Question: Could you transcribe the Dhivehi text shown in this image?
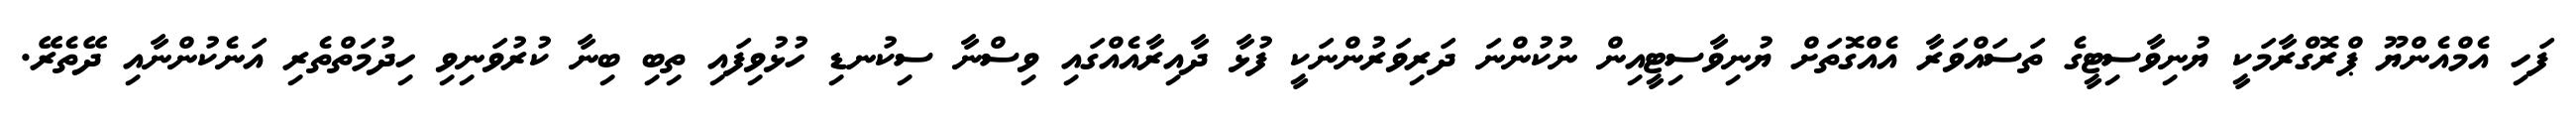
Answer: ފަހި އެމްއެންޔޫ ޕްރޮގްރާމަކީ ޔުނިވާސިޓީގެ ތަސައްވަރާ އެއްގޮތަށް ޔުނިވާސިޓީއިން ނުކުންނަ ދަރިވަރުންނަކީ ފުޅާ ދާއިރާއެއްގައި ވިސްނާ ސިކުނޑި ހުޅުވިފައި ތިބި ބިނާ ކުރުވަނިވި ހިދުމަތްތެރި އަނެކުންނާއި ދޭތެރޭ.